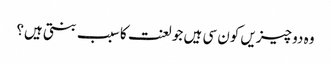
وہ دو چیزیں کون سی ہیں جو لعنت کا سبب بنتی ہیں؟